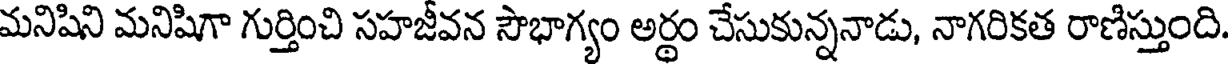
మనిషిని మనిషిగా గుర్తించి సహజీవన సౌభాగ్యం అర్థం చేసుకున్ననాడు, నాగరికత రాణిస్తుంది